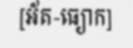
[អ័ត-ធ្យោក]